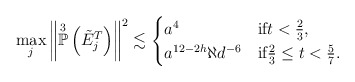
\begin{align*}\max_{j}\left\lVert\overset{3}{\mathbb{P}}\left(\tilde{E}^T_j\right)\right\rVert^2\lesssim\begin{cases}a^4 & \mbox{if}t<\frac{2}{3},\\a^{12-2h} \aleph d^{-6} & \mbox{if}\frac{2}{3}\leq t<\frac{5}{7}.\end{cases}\end{align*}